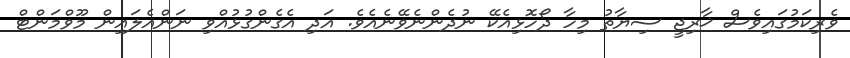
ވެރިކަމުގައިވެސް ޚާރިޖީ ސިޔާތު މިހާ ދޯހޮޅިއެކޭ ނުދެންނެވޭނެއެވެ. އަދި އެގެންގުޅުއްވި ނަންއެލައިން މޫވްމަންޓް